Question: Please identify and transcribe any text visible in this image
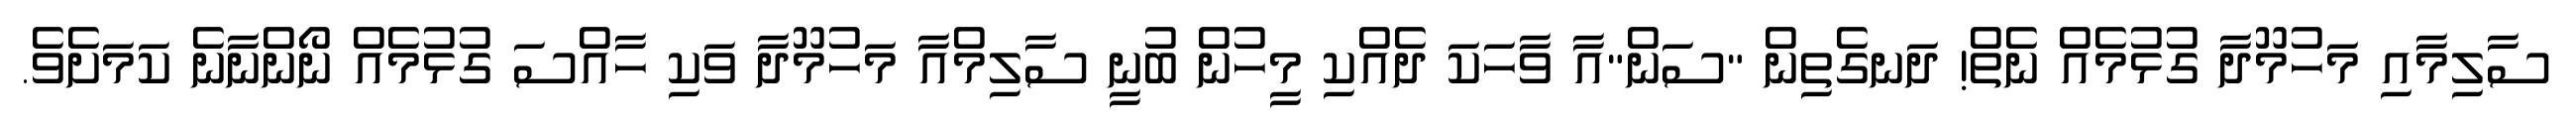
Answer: ސާލިމާއި މަހުމޫދާ ގުޅުމެއް ނެތް! ދަނގެތިން "ސަން"އާ ވާހަކަ ދެއްކި މީހުން ބުނީ ސާލިމްއާ މަހުމޫދާ ވަކި ހާއްސަ ގުޅުމެއް ނޯންނާނެ ކަމަށެވެ.